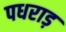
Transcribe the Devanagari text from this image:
पधराड़